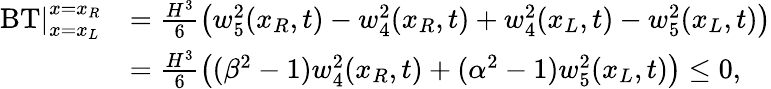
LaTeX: \begin{array}{rl}{\left.\operatorname{BT}\right|_{x=x_{L}}^{x=x_{R}}}&{=\frac{H^{3}}{6}\left({w}_{5}^{2}(x_{R},t)-{w}_{4}^{2}(x_{R},t)+{w}_{4}^{2}(x_{L},t)-{w}_{5}^{2}(x_{L},t)\right)}\\ &{=\frac{H^{3}}{6}\left((\beta^{2}-1){w}_{4}^{2}(x_{R},t)+(\alpha^{2}-1){w}_{5}^{2}(x_{L},t)\right)\leq 0,}\end{array}